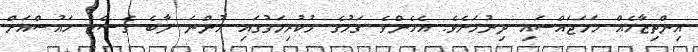
އިންތިޒާމެއް ހަމަޖައްސައި ދިނުމަށެވެ. އެހެންވެ ގަމުގެ މުކުރިމަގުގައި ހުންނަ ލާބެ ގެސްޓް ހައުސްއަށް